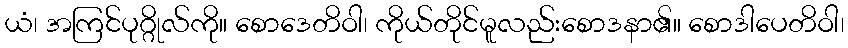
ယံ၊ အကြင်ပုဂ္ဂိုလ်ကို။ စောဒေတိဝါ၊ ကိုယ်တိုင်မူလည်းစောဒနာ၏။ စောဒါပေတိဝါ၊